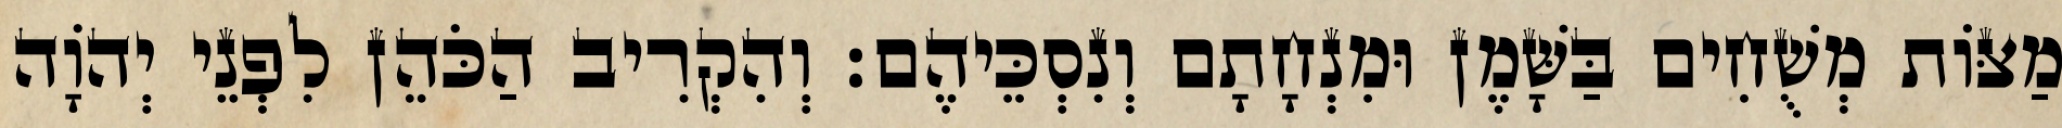
מַצּוֹת מְשֻׁחִים בַּשָּׁמֶן וּמִנְחָתָם וְנִסְכֵּיהֶם׃ וְהִקְרִיב הַכֹּהֵן לִפְנֵי יְהוָֹה